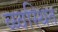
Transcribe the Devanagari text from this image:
व्य्वस्थित